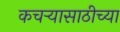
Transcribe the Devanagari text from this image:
कचऱ्यासाठीच्या